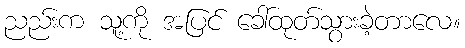
ညည်းက သူ့ကို အပြင် ခေါ်ထုတ်သွားခဲ့တာလေ။